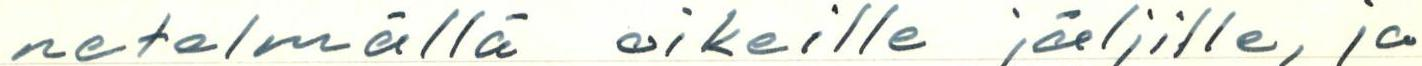
netelmällä oikeille jäljille, ja